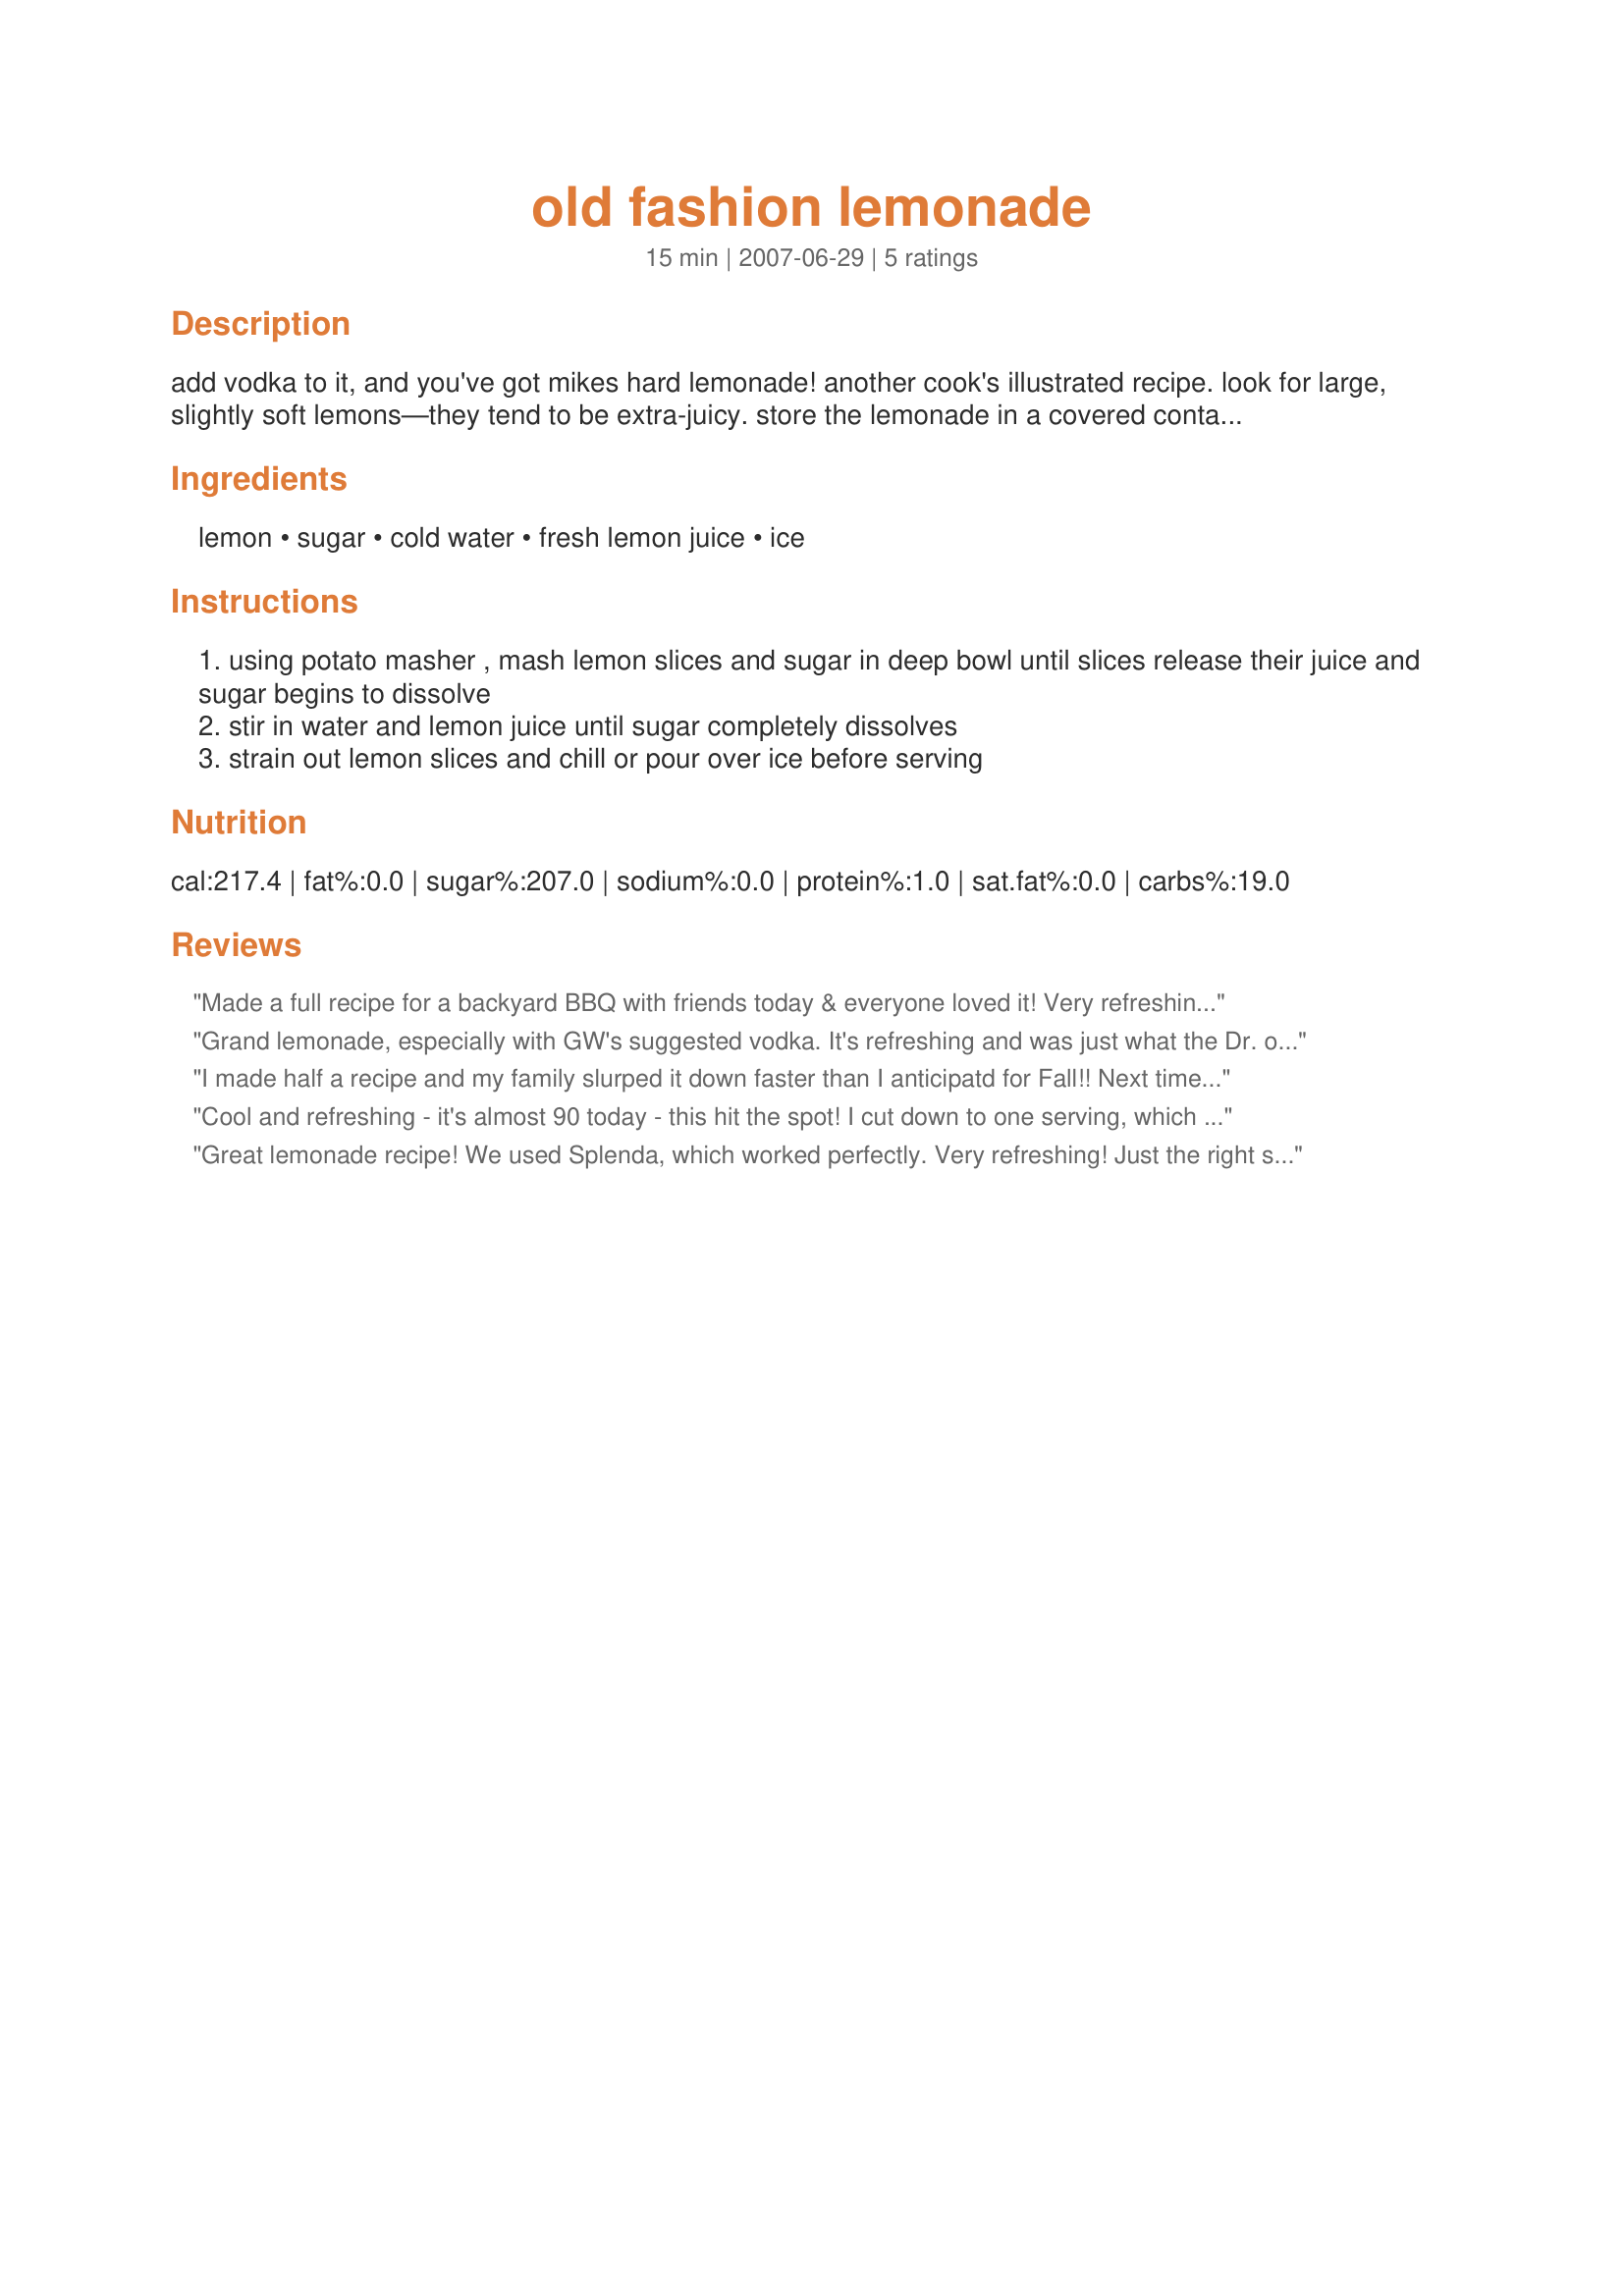
old fashion lemonade
Preparation time: 15 minutes

add vodka to it, and you've got mikes hard lemonade! another cook's illustrated recipe. look for large, slightly soft lemons—they tend to be extra-juicy. store the lemonade in a covered container in the refrigerator for up to 3 days.

Ingredients:
lemon, sugar, cold water, fresh lemon juice, ice

Steps:
using potato masher , mash lemon slices and sugar in deep bowl until slices release their juice and sugar begins to dissolve
stir in water and lemon juice until sugar completely dissolves
strain out lemon slices and chill or pour over ice before serving

Reviews:
Made a full recipe for a backyard BBQ with friends today & everyone loved it! Very refreshing, easy to make & a perfect balance between sweet & tart. We brought vodka but alas, it's not a gluten free brand so we couldn't use it there. Next time we make it at home we'll test drive the hard lemonade. :) Thanks for sharing GW! Made & enjoyed for ZWT5 - Ali Baba's Babes.
Grand lemonade, especially with GW's suggested vodka. It's refreshing and was just what the Dr. ordered tonight. I used Splenda for the sugar. I made a half recipe and if tomorrow is like today I'll finish the lemonade AND the vodka! Thanks GW :D
I made half a recipe and my family slurped it down faster than I anticipatd for Fall!! Next time I will make the whole batch so I get some too! Great recipe, GW!! **Went to market 2007**
Cool and refreshing - it's almost 90 today - this hit the spot! I cut down to one serving, which called for 1/4 cup sugar I cut this almost in half and it's perfect.
Made for ZWT5 by one of the Cooks With Dirty Faces.
Great lemonade recipe! We used Splenda, which worked perfectly. Very refreshing! Just the right sweetness to balance the lemon. (Side note - Bill likes Bombay Sapphire gin when he spikes his lemonade; whatever works for you!)
Made by a Saucy Senorita for ZWT5.
